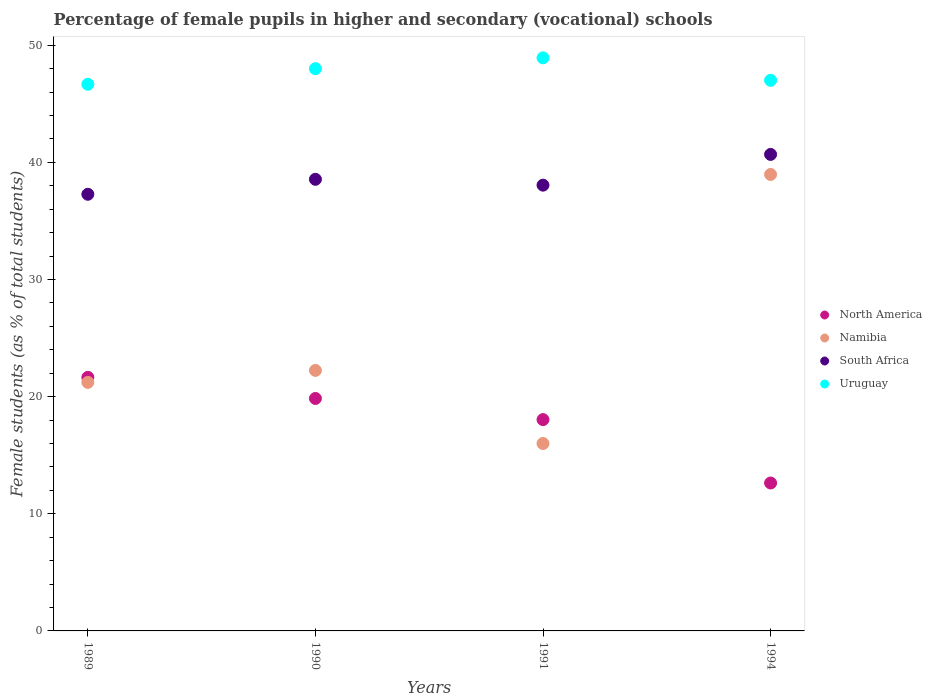
| Years | North America | Namibia | South Africa | Uruguay |
 | --- | --- | --- | --- | --- |
 | 1989 | 21.6 | 21.2 | 37.3 | 46.7 |
 | 1990 | 19.8 | 22.2 | 38.6 | 48 |
 | 1991 | 18 | 16 | 38.1 | 48.9 |
 | 1994 | 12.6 | 39 | 40.7 | 47 |